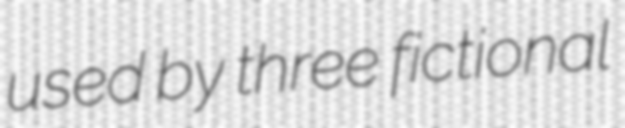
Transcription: used by three fictional